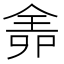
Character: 𠌆